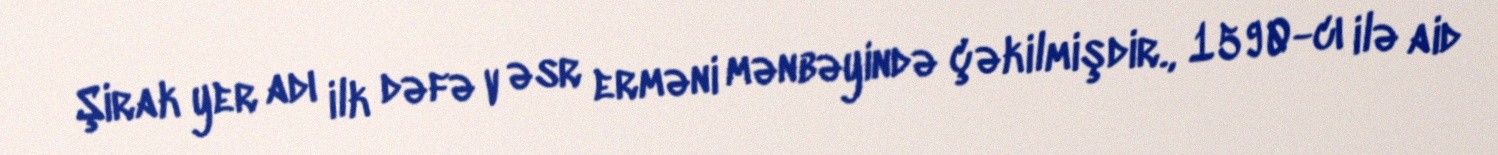
Şirak yer adı ilk dəfə V əsr erməni mənbəyində çəkilmişdir., 1590-cı ilə aid